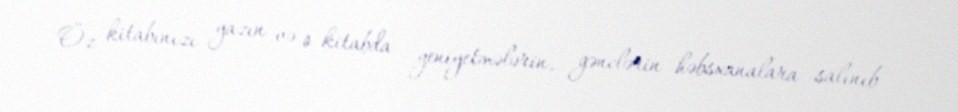
Öz kitabınızı yazın və o kitabda yeniyetmələrin, gənclərin həbsxanalara salınıb